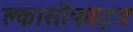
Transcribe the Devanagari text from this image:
क्लासीफाइड